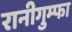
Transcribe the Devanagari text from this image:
रानीगुम्फा